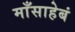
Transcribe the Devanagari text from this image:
माँसाहेबं